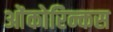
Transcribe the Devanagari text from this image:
ओंकोरिन्कस